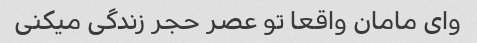
وای مامان واقعا تو عصر حجر زندگی میکنی